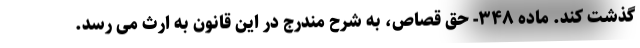
گذشت کند. ماده ۳۴۸- حق قصاص، به شرح مندرج در این قانون به ارث می رسد.